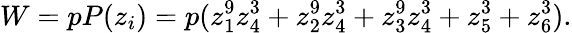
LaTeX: W=pP(z_{i})=p(z_{1}^{9}z_{4}^{3}+z_{2}^{9}z_{4}^{3}+z_{3}^{9}z_{4}^{3}+z_{5}^{3}+z_{6}^{3}).